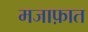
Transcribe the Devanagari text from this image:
मजाफ़ात